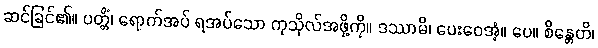
ဆင်ခြင်၏။ ပတ္တိံ၊ ရောက်အပ် ရအပ်သော ကုသိုလ်အဖို့ကို။ ဒဿာမိ၊ ပေးဝေအံ့။ ပေ။ စိန္တေတိ၊